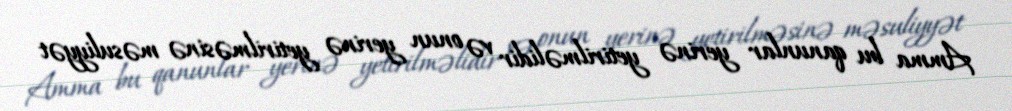
Amma bu qanunlar yerinə yetirilməlidir və onun yerinə yetirilməsinə məsuliyyət